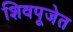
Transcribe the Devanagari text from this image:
शिवपूजेत